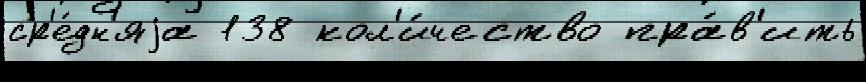
ср'е́дн'яjа 138 кол'и́чество пра́в'ить